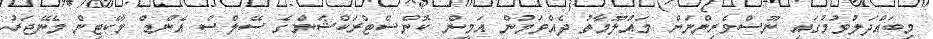
މިބައްދަލުވުމުގައި ނޫސްވެރިންނަށް މައުލޫމާތު ދެއްވަމުން އަމީން ކޮންސްޓްރަކްޝަންގެ ސޭލްސް އެންޑް މާކެޓިން މެނޭޖަރު